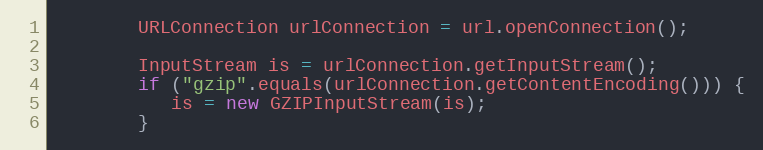
Language: Java
        URLConnection urlConnection = url.openConnection();

        InputStream is = urlConnection.getInputStream();
        if ("gzip".equals(urlConnection.getContentEncoding())) {
           is = new GZIPInputStream(is);
        }